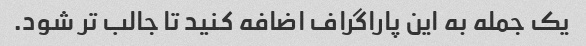
یک جمله به این پاراگراف اضافه کنید تا جالب تر شود.